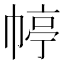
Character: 𭘭